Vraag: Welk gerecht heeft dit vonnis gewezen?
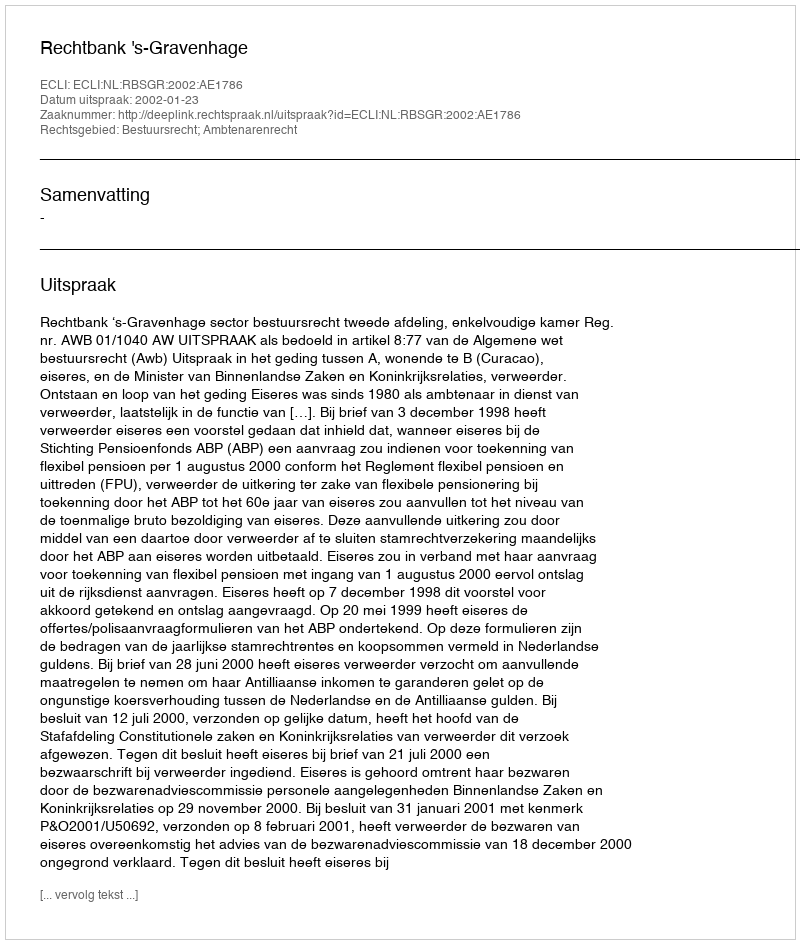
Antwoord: Rechtbank 's-Gravenhage